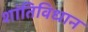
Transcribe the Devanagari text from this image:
शांतिविधान